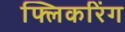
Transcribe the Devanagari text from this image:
फ्लिकरिंग